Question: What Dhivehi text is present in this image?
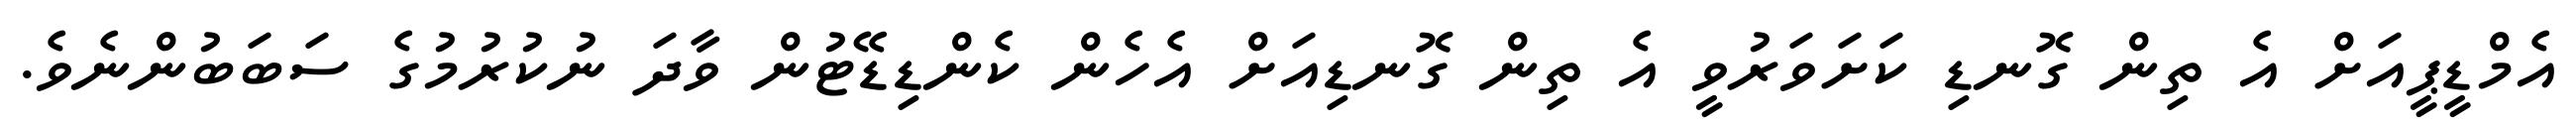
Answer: އެމްޑީޕީއަށް އެ ތިން ގޮނޑި ކަށަވަރުވީ އެ ތިން ގޮނޑިއަށް އެހެން ކެންޑިޑޭޓުން ވާދަ ނުކުރުމުގެ ސަބަބުންނެވެ.